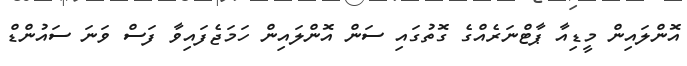
އޮންލައިން މީޑިއާ ޕާޓްނަރެއްގެ ގޮތުގައި ސަން އޮންލައިން ހަމަޖެފައިވާ ފަސް ވަނަ ސައުންޑް